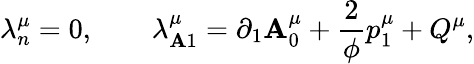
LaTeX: \lambda_{n}^{\mu}=0,\qquad\lambda_{\mathbf{A}1}^{\mu}=\partial_{1}\mathbf{A}_{0}^{\mu}+\frac{2}{\phi}p_{1}^{\mu}+Q^{\mu},